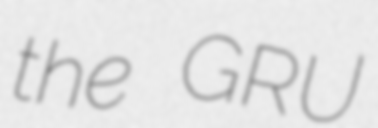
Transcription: the GRU